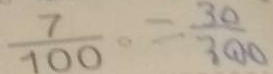
\frac { 7 } { 1 0 0 } = \frac { 3 0 } { 3 0 0 }